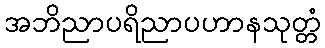
အဘိညာပရိညာပဟာနသုတ္တံ